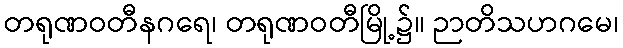
တရုဏဝတီနဂရေ၊ တရုဏဝတီမြို့၌။ ဉာတိသဟဂမေ၊